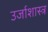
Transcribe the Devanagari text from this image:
उर्जाशास्त्र